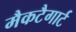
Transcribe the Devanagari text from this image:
मैकटैगार्ट